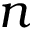
n